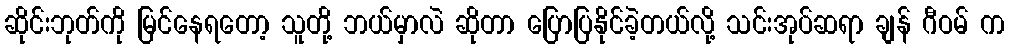
ဆိုင်းဘုတ်ကို မြင်နေရတော့ သူတို့ ဘယ်မှာလဲ ဆိုတာ ပြောပြနိုင်ခဲ့တယ်လို့ သင်းအုပ်ဆရာ ချန် ဂီဝမ် က